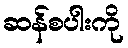
ဆန်စပါးကို